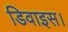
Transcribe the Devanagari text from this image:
डिवाइस।